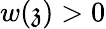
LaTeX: w(\mathfrak{z})>0